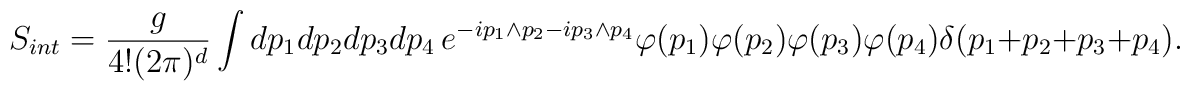
S_{int}=\frac{g}{4!(2\pi)^d}\int dp_1dp_2dp_3dp_4\, e^{-i p_1\wedge p_2-i p_3\wedge p_4}\varphi(p_1)\varphi(p_2)\varphi(p_3)\varphi(p_4)\delta(p_1+p_2+p_3+p_4).